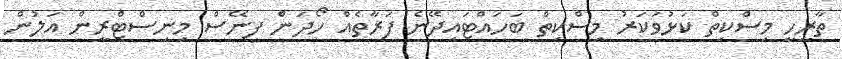
ތާރީހީ މިސްކިތް ކަޅުވަކަރު މިސްކިތް ބަހައްޓައިދޭނެ ފަރާތެއް ހޯދަން ފިނޭސް މިނިސްޓްރީން އަލުން